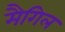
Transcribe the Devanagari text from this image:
मैगिल